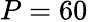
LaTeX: P=60